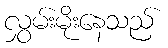
လွှမ်းမိုးနေသည်